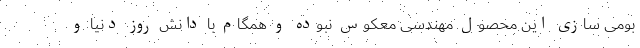
بومی سازی این محصول مهندسی معکوس نبوده و همگام با دانش روز دنیا و